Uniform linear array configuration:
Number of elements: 32
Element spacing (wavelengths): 0.75
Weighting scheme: blackman
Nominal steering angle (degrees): -60
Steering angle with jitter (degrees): -60.465
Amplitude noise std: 0.05
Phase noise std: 0.05

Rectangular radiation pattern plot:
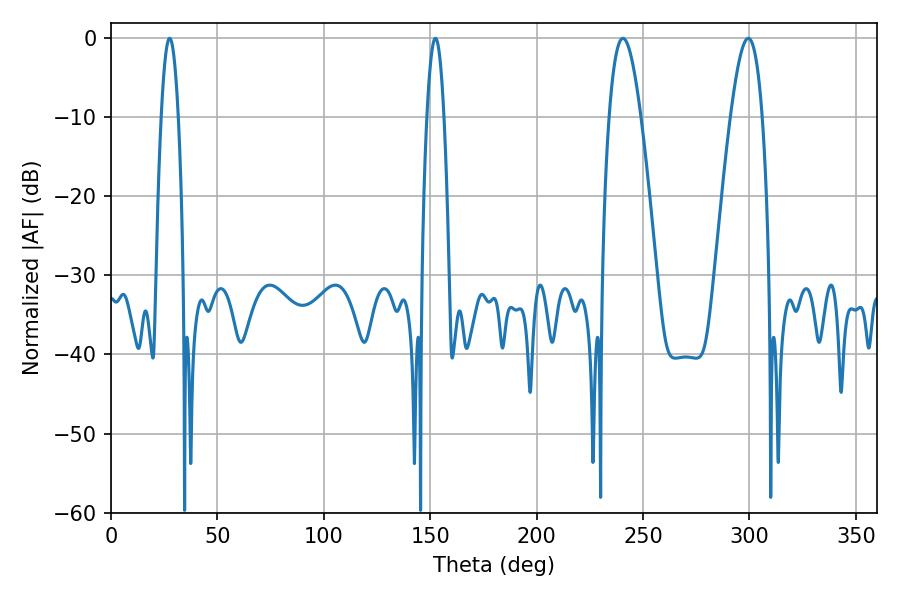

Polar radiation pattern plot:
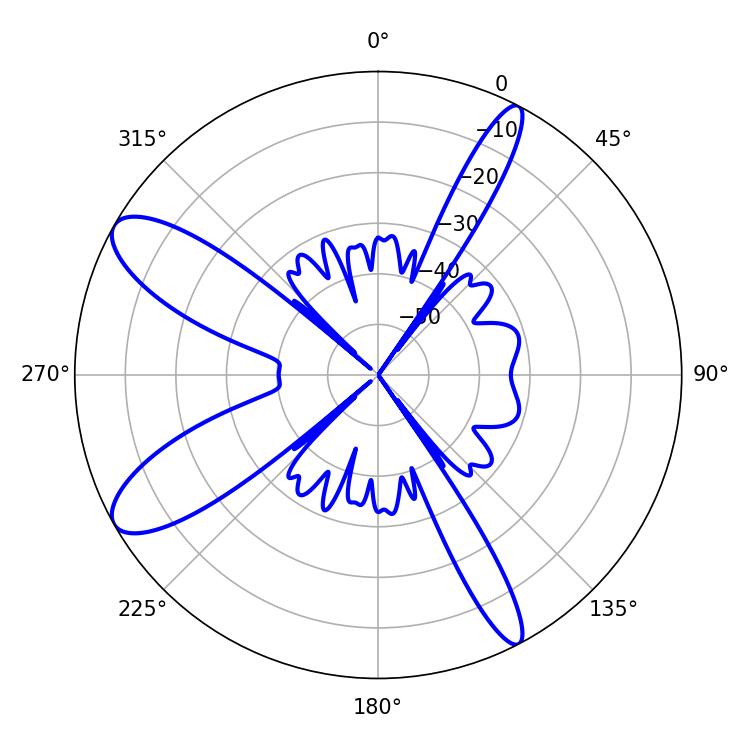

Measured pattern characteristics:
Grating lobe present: TRUE
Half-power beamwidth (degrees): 4.32
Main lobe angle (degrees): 27.54